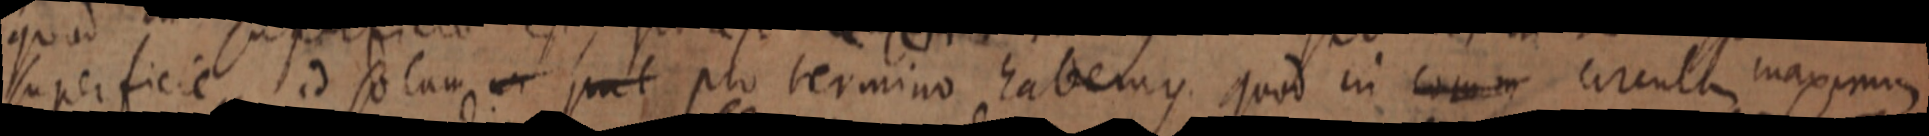
superficie id solum, _ put pro termino habemus quod in comm circulum maximum